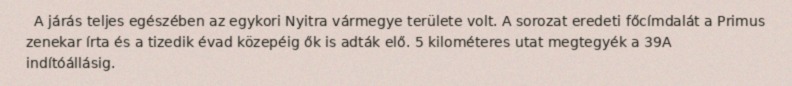
A járás teljes egészében az egykori Nyitra vármegye területe volt. A sorozat eredeti főcímdalát a Primus zenekar írta és a tizedik évad közepéig ők is adták elő. 5 kilométeres utat megtegyék a 39A indítóállásig.